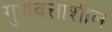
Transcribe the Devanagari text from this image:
गुणवत्ताशील